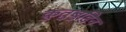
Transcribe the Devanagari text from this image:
कुतुबुद्दिन